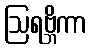
ဩရဗ္ဘိကာ